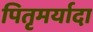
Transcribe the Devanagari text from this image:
पितृमर्यादा